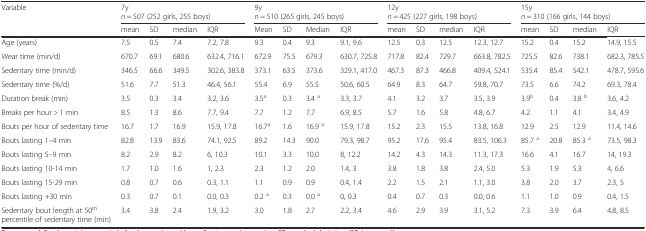
<table><thead><tr><td><b>Variable</b></td><td colspan="4"><b>7y<i>n</i> = 507 (252 girls, 255 boys)</b></td><td colspan="4"><b>9y<i>n</i> = 510 (265 girls, 245 boys)</b></td><td colspan="4"><b>12y<i>n</i> = 425 (227 girls, 198 boys)</b></td><td colspan="4"><b>15y<i>n</i> = 310 (166 girls, 144 boys)</b></td></tr><tr><td></td><td><b>mean</b></td><td><b>SD</b></td><td><b>median</b></td><td><b>IQR</b></td><td><b>Mean</b></td><td><b>SD</b></td><td><b>Median</b></td><td><b>IQR</b></td><td><b>mean</b></td><td><b>SD</b></td><td><b>median</b></td><td><b>IQR</b></td><td><b>mean</b></td><td><b>SD</b></td><td><b>median</b></td><td><b>IQR</b></td></tr></thead><tbody><tr><td>Age (years)</td><td>7.5</td><td>0.5</td><td>7.4</td><td>7.2, 7.8</td><td>9.3</td><td>0.4</td><td>9.3</td><td>9.1, 9.6</td><td>12.5</td><td>0.3</td><td>12.5</td><td>12.3, 12.7</td><td>15.2</td><td>0.4</td><td>15.2</td><td>14.9, 15.5</td></tr><tr><td>Wear time (min/d)</td><td>670.7</td><td>69.1</td><td>680.6</td><td>632.4, 716.1</td><td>672.9</td><td>75.5</td><td>679.3</td><td>630.7, 725.8</td><td>717.8</td><td>82.4</td><td>729.7</td><td>663.8, 782.5</td><td>725.5</td><td>82.6</td><td>738.1</td><td>682.3, 785.5</td></tr><tr><td>Sedentary time (min/d)</td><td>346.5</td><td>66.6</td><td>349.5</td><td>302.6, 383.8</td><td>373.1</td><td>63.5</td><td>373.6</td><td>329.1, 417.0</td><td>467.3</td><td>87.3</td><td>466.8</td><td>409.4, 524.1</td><td>535.4</td><td>85.4</td><td>542.1</td><td>478.7, 595.6</td></tr><tr><td>Sedentary time (%/d)</td><td>51.6</td><td>7.7</td><td>51.3</td><td>46.4, 56.1</td><td>55.4</td><td>6.9</td><td>55.5</td><td>50.6, 60.5</td><td>64.9</td><td>8.3</td><td>64.7</td><td>59.8, 70.7</td><td>73.5</td><td>6.6</td><td>74.2</td><td>69.3, 78.4</td></tr><tr><td>Duration break (min)</td><td>3.5</td><td>0.3</td><td>3.4</td><td>3.2, 3.6</td><td>3.5<sup>a</sup></td><td>0.3</td><td>3.4 <sup>a</sup></td><td>3.3, 3.7</td><td>4.1</td><td>3.2</td><td>3.7</td><td>3.5, 3.9</td><td>3.9<sup>b</sup></td><td>0.4</td><td>3.8 <sup>b</sup></td><td>3.6, 4.2</td></tr><tr><td>Breaks per hour &gt; 1 min</td><td>8.5</td><td>1.3</td><td>8.6</td><td>7.7, 9.4</td><td>7.7</td><td>1.2</td><td>7.7</td><td>6.9, 8.5</td><td>5.7</td><td>1.6</td><td>5.8</td><td>4.8, 6.7</td><td>4.2</td><td>1.1</td><td>4.1</td><td>3.4, 4.9</td></tr><tr><td>Bouts per hour of sedentary time</td><td>16.7</td><td>1.7</td><td>16.9</td><td>15.9, 17.8</td><td>16.7<sup>a</sup></td><td>1.6</td><td>16.9 <sup>a</sup></td><td>15.9, 17.8</td><td>15.2</td><td>2.3</td><td>15.5</td><td>13.8, 16.8</td><td>12.9</td><td>2.5</td><td>12.9</td><td>11.4, 14.6</td></tr><tr><td>Bouts lasting 1–4 min</td><td>82.8</td><td>13.9</td><td>83.6</td><td>74.1, 92.5</td><td>89.2</td><td>14.3</td><td>90.0</td><td>79.3, 98.7</td><td>95.2</td><td>17.6</td><td>95.4</td><td>83.5, 106.3</td><td>85.7 <sup>a</sup></td><td>20.8</td><td>85.3 <sup>a</sup></td><td>73.5, 98.3</td></tr><tr><td>Bouts lasting 5–9 min</td><td>8.2</td><td>2.9</td><td>8.2</td><td>6, 10.3</td><td>10.1</td><td>3.3</td><td>10.0</td><td>8, 12.2</td><td>14.2</td><td>4.3</td><td>14.3</td><td>11.3, 17.3</td><td>16.6</td><td>4.1</td><td>16.7</td><td>14, 19.3</td></tr><tr><td>Bouts lasting 10-14 min</td><td>1.7</td><td>1.0</td><td>1.6</td><td>1, 2.3</td><td>2.3</td><td>1.2</td><td>2.0</td><td>1.4, 3</td><td>3.8</td><td>1.8</td><td>3.8</td><td>2.4, 5.0</td><td>5.3</td><td>1.9</td><td>5.3</td><td>4, 6.6</td></tr><tr><td>Bouts lasting 15-29 min</td><td>0.8</td><td>0.7</td><td>0.6</td><td>0.3, 1.1</td><td>1.1</td><td>0.9</td><td>0.9</td><td>0.4, 1.4</td><td>2.2</td><td>1.5</td><td>2.1</td><td>1.1, 3.0</td><td>3.8</td><td>2.0</td><td>3.7</td><td>2.3, 5</td></tr><tr><td>Bouts lasting +30 min</td><td>0.3</td><td>0.7</td><td>0.1</td><td>0.0, 0.3</td><td>0.2 <sup>a</sup></td><td>0.3</td><td>0.0 <sup>a</sup></td><td>0, 0.3</td><td>0.4</td><td>0.7</td><td>0.3</td><td>0.0, 0.6</td><td>1.1</td><td>1.0</td><td>0.9</td><td>0.4, 1.5</td></tr><tr><td>Sedentary bout length at 50<sup>th</sup> percentile of sedentary time (min)</td><td>3.4</td><td>3.8</td><td>2.4</td><td>1.9, 3.2</td><td>3.0</td><td>1.8</td><td>2.7</td><td>2.2, 3.4</td><td>4.6</td><td>2.9</td><td>3.9</td><td>3.1, 5.2</td><td>7.3</td><td>3.9</td><td>6.4</td><td>4.8, 8.5</td></tr></tbody></table>